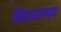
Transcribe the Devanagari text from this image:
सिद्धारण्य